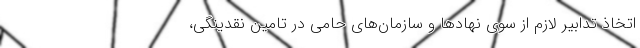
اتخاذ تدابیر لازم از سوی نهادها و سازمان‌های حامی در تامین نقدینگی،